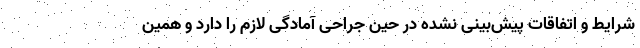
شرایط و اتفاقات پیش‌بینی نشده در حین جراحی آمادگی لازم را دارد و همین